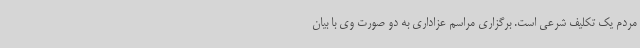
مردم یک تکلیف شرعی است. برگزاری مراسم عزاداری به دو صورت وی با بیان